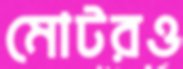
মোটরও